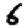
Digit: 6